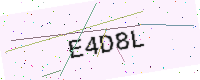
Text: E4D8L